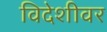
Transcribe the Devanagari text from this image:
विदेशीवर